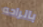
بالراحه